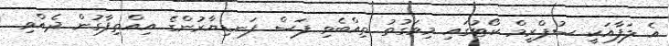
އެ ލަފާއަކީ ސުޕްރީމް ކޯޓުގައި މިވަގުތު ތިއްބެވި ފަސް ފަނޑިޔާރުންގެ އިއްތިފާގުން ދެއްވި